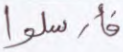
فأرسلوا